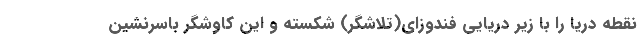
نقطه دریا را با زیر دریایی فندوزای(تلاشگر) شکسته و این کاوشگر باسرنشین